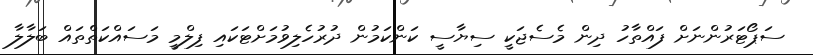
ސަޕޯޓަރުންނަށް ފައްތާހު ދިން މެސެޖަކީ ސިޔާސީ ކަންކަމުން ދުރުހެލިވުމަށްޓަކައި ފިލްމީ މަސައްކަތްތައް ބަލާލާ